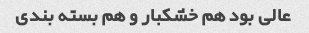
عالی بود هم خشکبار و هم بسته بندی